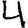
Digit: 4